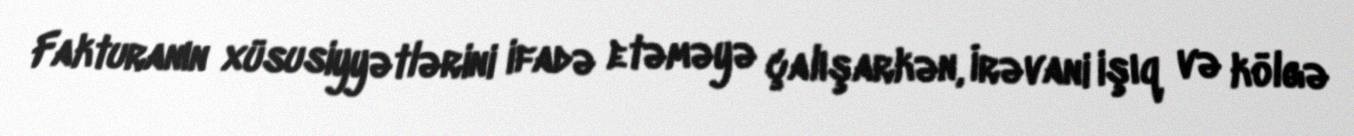
Fakturanın xüsusiyyətlərini ifadə etəməyə çalışarkən, İrəvani işıq və kölgə